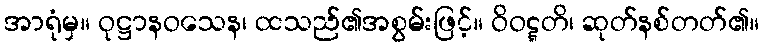
အာရုံမှ။ ဝုဋ္ဌာနဝသေန၊ ထသည်၏အစွမ်းဖြင့်။ ဝိဝဋ္ဋတိ၊ ဆုတ်နစ်တတ်၏။